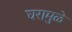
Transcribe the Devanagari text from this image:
घरामुळे